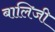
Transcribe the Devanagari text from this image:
बालिजी